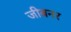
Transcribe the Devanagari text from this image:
जीबनर